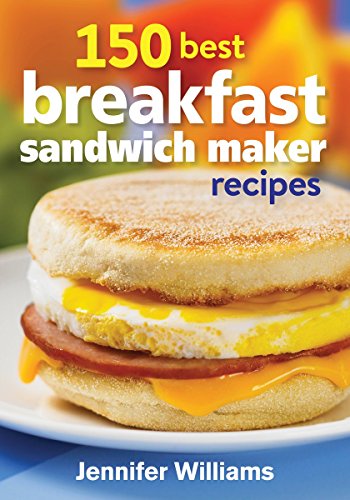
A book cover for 150 Best Breakfast Sandwich Maker Recipes; Jennifer Williams; Cookbooks, Food & Wine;